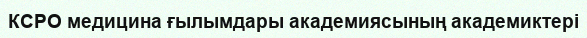
КСРО медицина ғылымдары академиясының академиктері